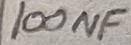
Text: 100NF